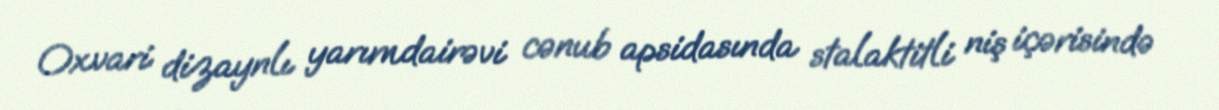
Oxvari dizaynlı yarımdairəvi cənub apsidasında stalaktitli niş içərisində